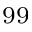
^ { 9 9 }